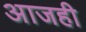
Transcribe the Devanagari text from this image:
अाजही